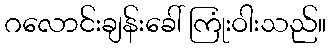
ဂလောင်းချန်းခေါ် ကြုံးဝါးသည်။